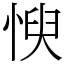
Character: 㥚